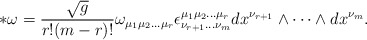
\begin{align*}* \omega = \frac{\sqrt{g}}{r!(m-r)!}\omega_{\mu_{1}\mu_{2}\dots\mu_{r}} \epsilon^{\mu_{1}\mu_{2}\dots\mu_{r}}_{\nu_{r+1}\dots\nu_{m}} dx^{\nu_{r+1}}\wedge \cdots \wedge dx^{\nu_{m}}.\end{align*}